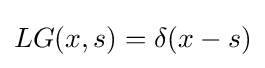
LG(x,s)=\delta (x-s)